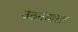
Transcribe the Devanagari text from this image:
उठनेवाला